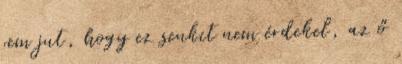
sem jut, hogy ez senkit nem érdekel, az ő